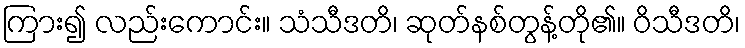
ကြား၍ လည်းကောင်း။ သံသီဒတိ၊ ဆုတ်နစ်တွန့်တို၏။ ဝိသီဒတိ၊